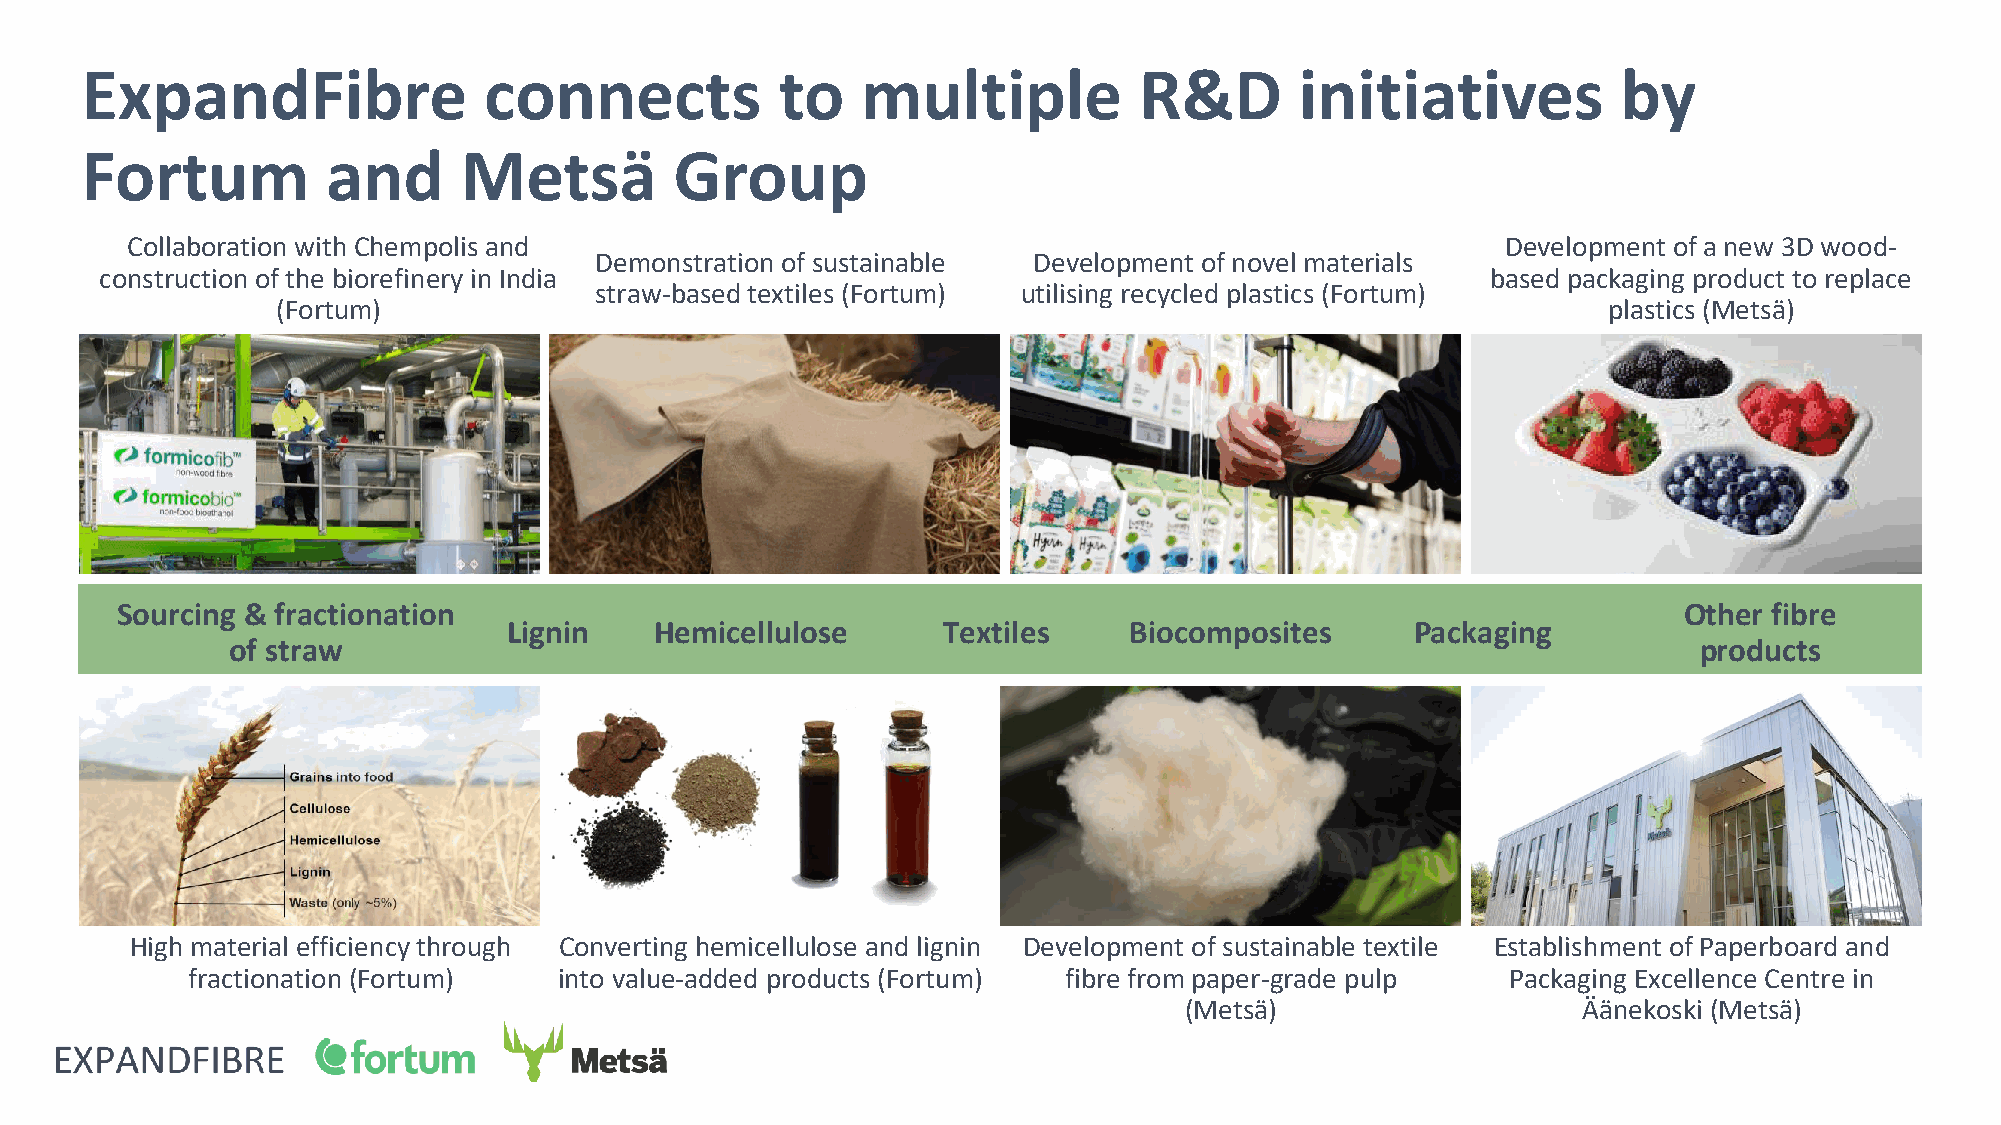
ExpandFibre                connects            to   multiple          R&D        initiatives          by
 Fortum           and     Metsä          Group
 Collaboration with Chempolis and                                                            Development of a new 3D wood-
 Demonstration of sustainable Development of novel materials
 construction of the biorefinery in India                                                    based packaging product to replace
 straw-based textiles (Fortum) utilising recycled plastics (Fortum)
 (Fortum)                                                                                plastics (Metsä)
 Sourcing & fractionation                                                                               Other fibre
 Lignin   Hemicellulose      Textiles     Biocomposites      Packaging
 of straw                                                                                         products
 High material efficiency through Converting hemicellulose and lignin Development of sustainable textile Establishment of Paperboard and
 fractionation (Fortum)   into value-added products (Fortum) fibre from paper-grade pulp Packaging Excellence Centre in
 (Metsä)                    Äänekoski (Metsä)